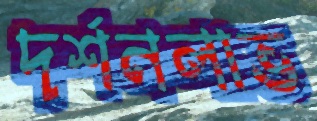
দর্শনলাভ